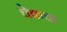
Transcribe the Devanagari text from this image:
चेकचा